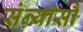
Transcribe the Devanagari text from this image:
संन्यासौ